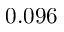
0 . 0 9 6